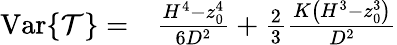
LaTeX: \begin{array}{rl}{\operatorname{Var}\{ \mathcal{T}\} =}&{{}\frac{H^{4}-z_{0}^{4}}{6D^{2}}+\frac{2}{3}\frac{K\left(H^{3}-z_{0}^{3}\right)}{D^{2}}}\end{array}